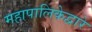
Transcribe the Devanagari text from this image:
महापालिकेद्वारे